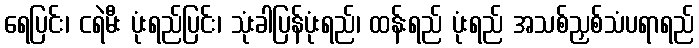
ရေပြင်း၊ ငရဲမီး ပုံးရည်ပြင်း၊ သုံးခါပြန်ပုံးရည်၊ ထန်းရည် ပုံးရည် အသစ်ညှစ်သံပရာရည်